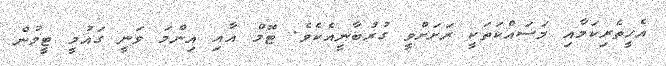
އެހީތެރިކަމާއި މަސައްކަތަކީ ރަށަށްވީ ގުރުބާނީއެކެވެ. ޓޮމް އާއި އިންމަ ވަނީ ގައުމީ ޓީމުން